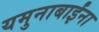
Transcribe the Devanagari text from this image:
यमुनाबाईंना